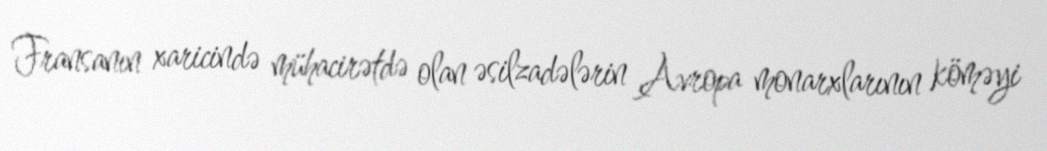
Fransanın xaricində mühacirətdə olan əsilzadələrin Avropa monarxlarının köməyi